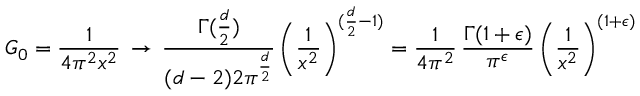
G _ { 0 } = \frac { 1 } { 4 \pi ^ { 2 } x ^ { 2 } } \, \rightarrow \, \frac { \Gamma ( \frac { d } { 2 } ) } { ( d - 2 ) 2 \pi ^ { \frac { d } { 2 } } } \, \biggl ( \frac { 1 } { x ^ { 2 } } \biggr ) ^ { ( \frac { d } { 2 } - 1 ) } = \frac { 1 } { 4 \pi ^ { 2 } } \, \frac { \Gamma ( 1 + \epsilon ) } { \pi ^ { \epsilon } } \, \biggl ( \frac { 1 } { x ^ { 2 } } \biggr ) ^ { ( 1 + \epsilon ) }